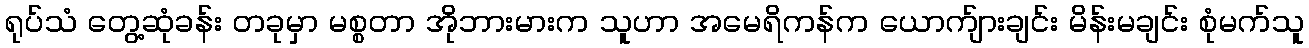
ရုပ်သံ တွေ့ဆုံခန်း တခုမှာ မစ္စတာ အိုဘားမားက သူဟာ အမေရိကန်က ယောက်ျားချင်း မိန်းမချင်း စုံမက်သူ